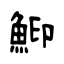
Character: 鮣